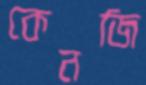
কেনজি